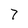
Character: 7